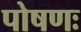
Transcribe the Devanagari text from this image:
पोषणः